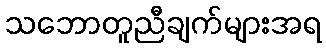
သဘောတူညီချက်များအရ